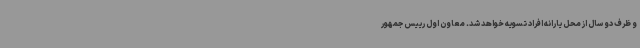
و ظرف دو سال از محل یارانه افراد تسویه خواهد شد. معاون اول رییس جمهور